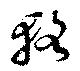
輅